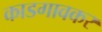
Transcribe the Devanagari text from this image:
काडगावकर